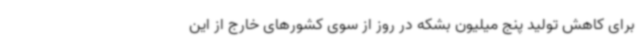
برای کاهش تولید پنج میلیون بشکه در روز از سوی کشورهای خارج از این